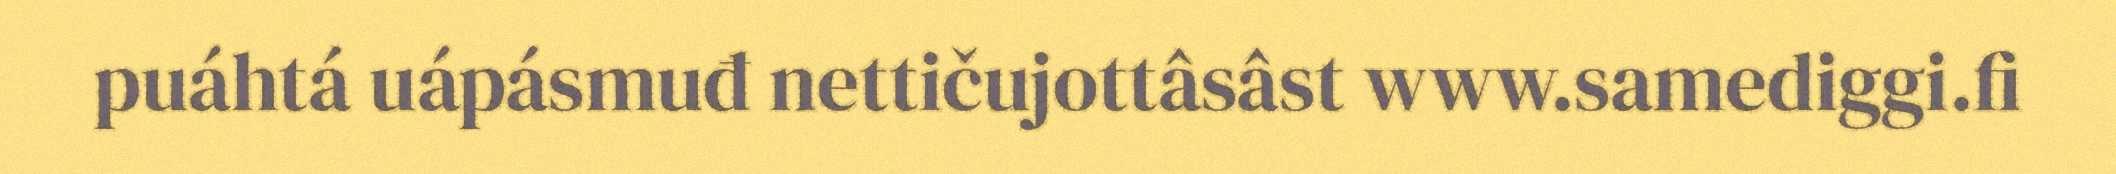
puáhtá uápásmuđ nettičujottâsâst www.samediggi.fi